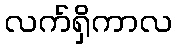
လက်ရှိကာလ